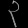
Digit: ၃